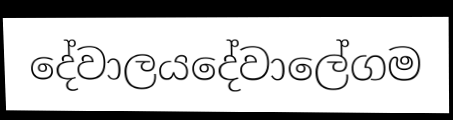
දේවාලයදේවාලේගම